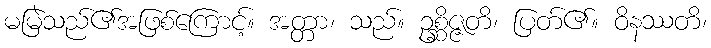
မမြဲသည်၏အဖြစ်ကြောင့်။ အတ္တာ၊ သည်။ ဥစ္ဆိဇ္ဇတိ၊ ပြတ်၏။ ဝိနဿတိ၊